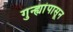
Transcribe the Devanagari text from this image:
गुन्ह्यांपासून